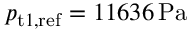
p _ { \mathrm { t } 1 , \mathrm { r e f } } = 1 1 6 3 6 \, \mathrm { P a }